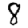
Digit: 8